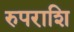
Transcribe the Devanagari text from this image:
रुपराशि